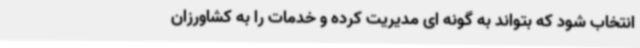
انتخاب شود که بتواند به گونه ای مدیریت کرده و خدمات را به کشاورزان